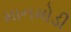
માનમોડી